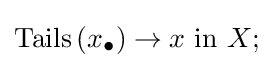
\operatorname {Tails} \left(x_{\bullet }\right)\to x{\text{ in }}X;